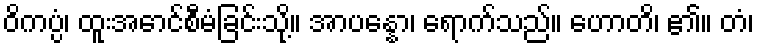
ဝိကပ္ပံ၊ ထူးအောင်စီမံခြင်းသို့။ အာပန္နော၊ ရောက်သည်။ ဟောတိ၊ ၏။ တံ၊